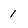
Character: 1